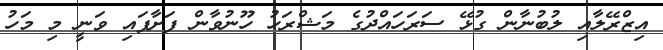
އިޒްރޭލާއި ލުބުނާން ގުޅޭ ސަރަހައްދުގެ މަޝްރަހު ހޫނުވާން ފަށާފައި ވަނީ މި މަހު